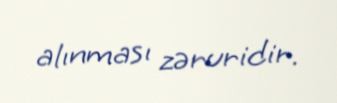
alınması zəruridir.